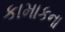
કામાકના